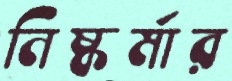
নিষ্কর্মার